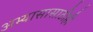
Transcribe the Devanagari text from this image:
अभ्यासासाठीही